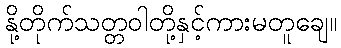
နို့တိုက်သတ္တဝါတို့နှင့်ကားမတူချေ။